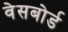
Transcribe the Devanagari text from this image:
वेसबोर्ड